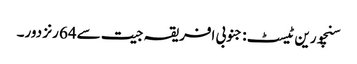
سنچورین ٹیسٹ: جنوبی افریقہ جیت سے64 رنز دور۔